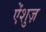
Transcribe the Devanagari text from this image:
ऐंशुज़